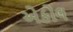
એકોલ